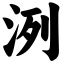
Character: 洌